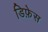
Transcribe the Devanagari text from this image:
डिफ़ेस